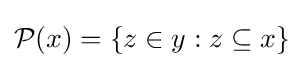
{\mathcal {P}}(x)=\{z\in y:z\subseteq x\}